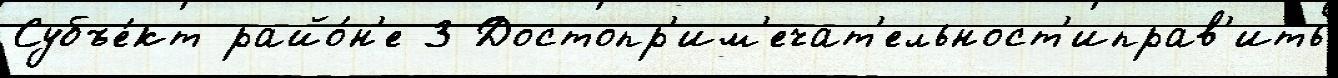
Субъе́кт райо́н'е 3 Достопр'им'ечат'ельност'иправ'ить